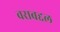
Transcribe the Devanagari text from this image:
वराबद्दल